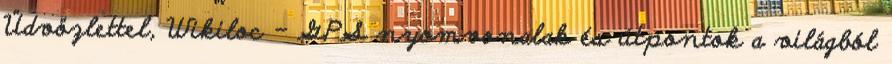
Üdvözlettel, Wikiloc - GPS nyomvonalak és útpontok a világból